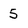
Character: 5